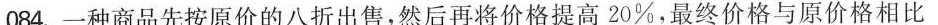
084.一种商品先按原价的八折出售，然后再将价格提高20%，最终价格与原价格相比